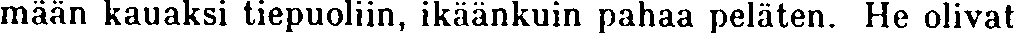
mään kauaksi tiepuoliin, ikäänkuin pahaa peläten. He olivat